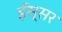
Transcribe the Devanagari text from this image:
ईस्सर